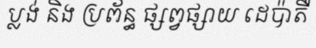
ប្លង់ និង ប្រព័ន្ធ ផ្សព្វផ្សាយ ដេប៉ាតឺ